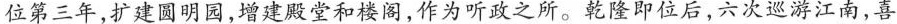
位第三年，扩建圆明园，增建殿堂和楼阁，作为听政之所。乾隆即位后，六次巡游江南，喜